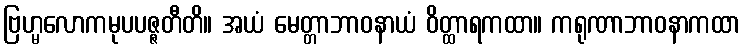
ဗြဟ္မလောကမုပပဇ္ဇတီတိ။ အယံ မေတ္တာဘာဝနာယံ ဝိတ္ထာရကထာ။ ကရုဏာဘာဝနာကထာ